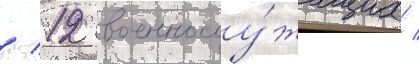
/ 12 военнослу́жащих /